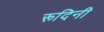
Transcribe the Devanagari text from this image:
रूदिनी